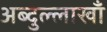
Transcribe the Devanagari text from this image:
अब्दुल्लाखाँ